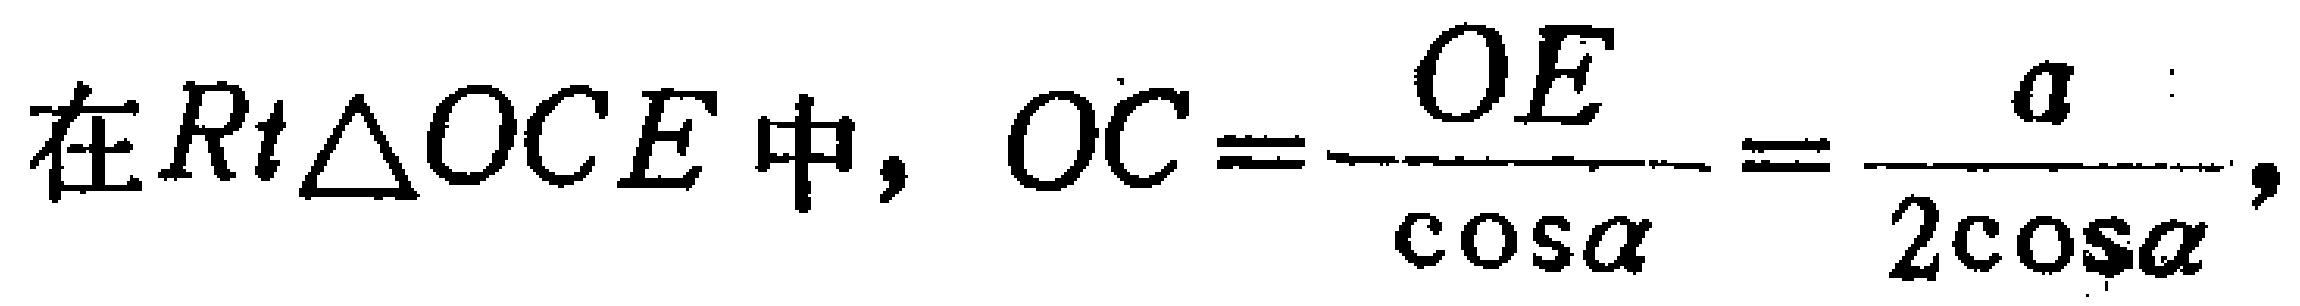
在$Rt\triangle OCE$中，$OC = \frac{OE}{\cos\alpha} = \frac{a}{2\cos\alpha}$，